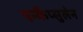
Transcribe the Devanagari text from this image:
एन्कैप्सुलेन